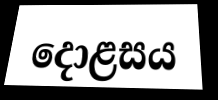
දොළසය